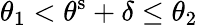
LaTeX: \theta_{1}<\theta^{\mathrm{s}}+\delta\leq\theta_{2}